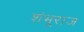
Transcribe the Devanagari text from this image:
शंभूराज